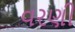
વરણી